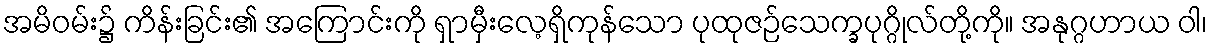
အမိဝမ်း၌ ကိန်းခြင်း၏ အကြောင်းကို ရှာမှီးလေ့ရှိကုန်သော ပုထုဇဉ်သေက္ခပုဂ္ဂိုလ်တို့ကို။ အနုဂ္ဂဟာယ ဝါ၊